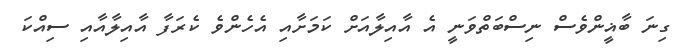
ގިނަ ބާޣީންވެސް ނިސްބަތްވަނީ އެ އާއިލާއަށް ކަމަށާއި އެހެންވެ ކެރަފާ އާއިލާއާއި ސިއްކަ